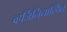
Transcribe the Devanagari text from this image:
व्हर्जिनियास्थित